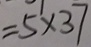
= 5 \times 3 7